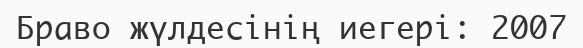
Браво жүлдесінің иегері: 2007